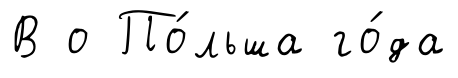
В о По́льша го́да